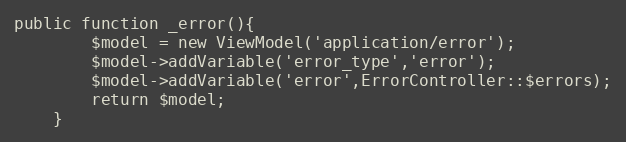
Language: PHP
public function _error(){
		$model = new ViewModel('application/error');
		$model->addVariable('error_type','error');
		$model->addVariable('error',ErrorController::$errors);
		return $model;
	}